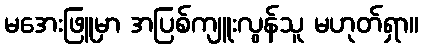
မအေးဖြူမှာ အပြစ်ကျူးလွန်သူ မဟုတ်ရှာ။